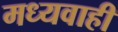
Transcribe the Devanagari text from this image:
मध्यवाही